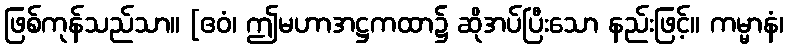
ဖြစ်ကုန်သည်သာ။ [ဧဝံ၊ ဤမဟာအဋ္ဌကထာ၌ ဆိုအပ်ပြီးသော နည်းဖြင့်။ ကမ္မာနံ၊